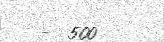
-  500